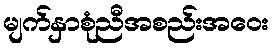
မျက်နှာစုံညီအစည်းအဝေး